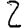
Digit: 2